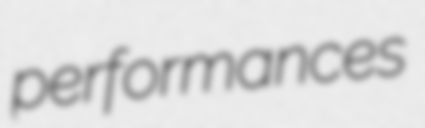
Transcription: performances